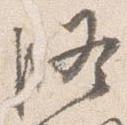
修